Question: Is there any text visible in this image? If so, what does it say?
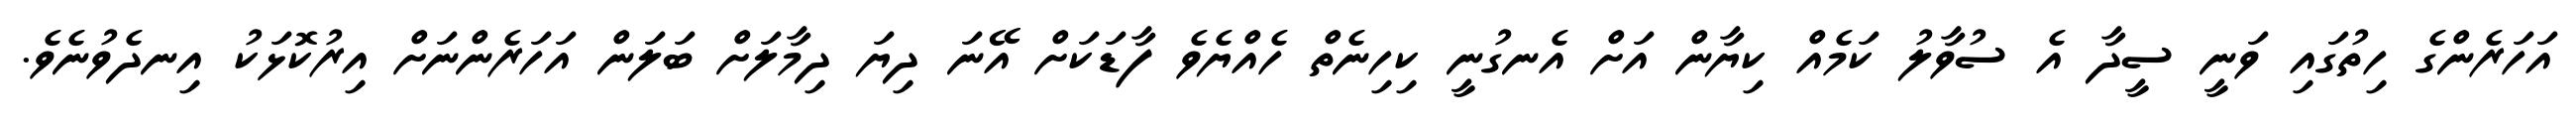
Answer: އަހަރެންގެ ހިތުގައި ވަނީ ސީދާ އެ ސުވާލު ކަމެއް ކިޔާން އަށް އެނގުނީ ކިހިނެތް ހެއްޔެވެ ފާޑަކަށް އޭނަ ދިޔަ ދިމާލަށް ބަލަން އަހަރެންނަށް އިރުކޮޅަކު އިނދެވުނެވެ.